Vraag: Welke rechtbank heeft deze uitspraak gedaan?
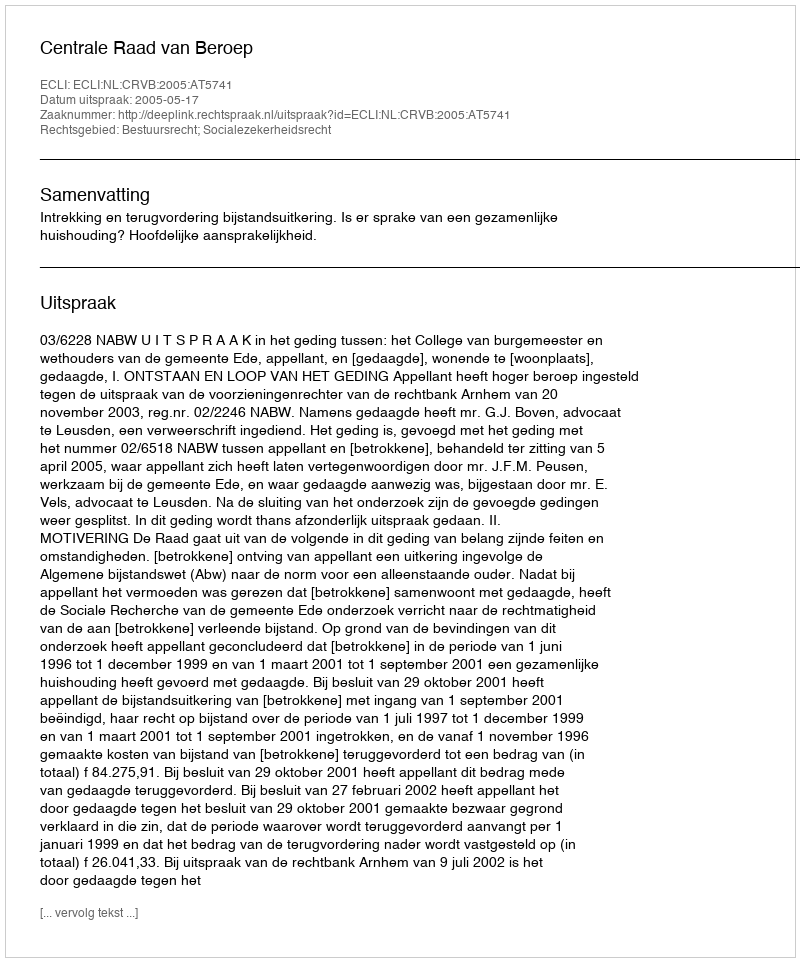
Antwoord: Centrale Raad van Beroep